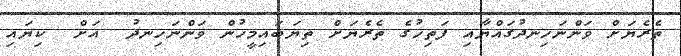
ތެރެޔަށް ވަންނަހިނދުގައްޔާއި ފަތިހުގެ ތެރެޔަށް ތިޔަބައިމީހުން ވަންނަހިނދު  އަށް  ކިޔައި